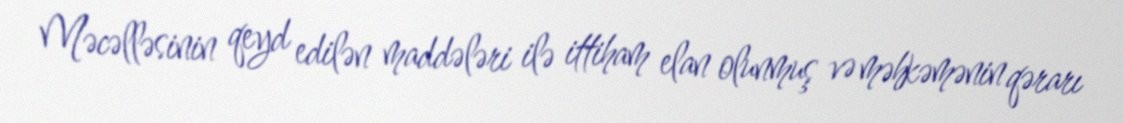
Məcəlləsinin qeyd edilən maddələri ilə ittiham elan olunmuş və məhkəmənin qərarı